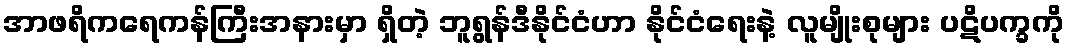
အာဖရိကရေကန်ကြီးအနားမှာ ရှိတဲ့ ဘူရွန်ဒီနိုင်ငံဟာ နိုင်ငံရေးနဲ့ လူမျိုးစုများ ပဋိပက္ခကို